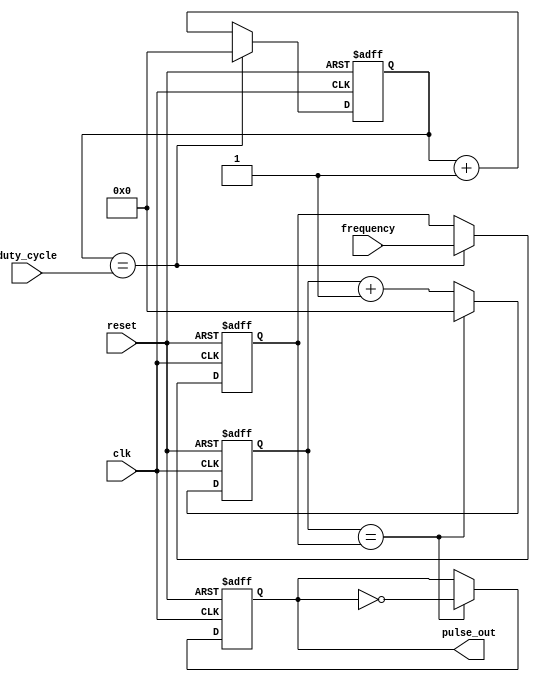
module variable_frequency_pulse_generator (
    input wire clk,             // External clock signal
    input wire reset,           // Reset signal
    input wire [15:0] frequency,// User-defined frequency input
    input wire [15:0] duty_cycle,// User-defined duty cycle input
    output reg pulse_out        // Output pulse signal
);

reg [15:0] count = 0;
reg [15:0] period = 0;
reg [15:0] duty_count = 0;

always @(posedge clk or posedge reset) begin
    if (reset) begin
        count <= 0;
        period <= 0;
        duty_count <= 0;
        pulse_out <= 0;
    end else begin
        if (count == period) begin
            pulse_out <= ~pulse_out;
            count <= 0;
        end else begin
            count <= count + 1;
        end
        
        if (duty_count == duty_cycle) begin
            period <= frequency;
            duty_count <= 0;
        end else begin
            duty_count <= duty_count + 1;
        end
    end
end

endmodule